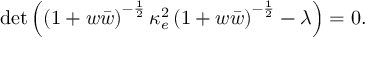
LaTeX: \operatorname * { d e t } \left( \left( 1 + w \bar { w } \right) ^ { - \frac { 1 } { 2 } } \kappa _ { e } ^ { 2 } \left( 1 + w \bar { w } \right) ^ { - \frac { 1 } { 2 } } - \lambda \right) = 0 .